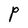
Character: P